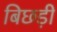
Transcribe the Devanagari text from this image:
बिछड़ी